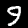
Digit: 9